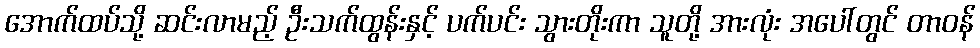
အောက်ထပ်သို့ ဆင်းလာမည့် ဦးသက်ထွန်းနှင့် ပက်ပင်း သွားတိုးကာ သူတို့ အားလုံး အပေါ်တွင် တာဝန်